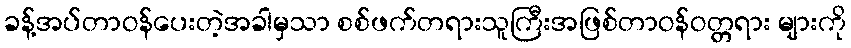
ခန့်အပ်တာဝန်ပေးတဲ့အခါမှသာ စစ်ဖက်တရားသူကြီးအဖြစ်တာဝန်ဝတ္တရား များကို